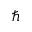
\hbar